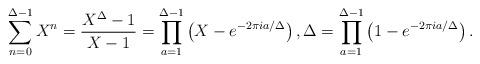
LaTeX: \begin{align*}\sum_{n=0}^{\Delta-1} X^{n}= \frac{X^{\Delta}-1}{X-1}= \prod_{a=1}^{\Delta-1} \left( X- e^{-2 \pi i a/\Delta} \right), \Delta= \prod_{a=1}^{\Delta-1} \left( 1- e^{-2 \pi i a/\Delta} \right). \end{align*}